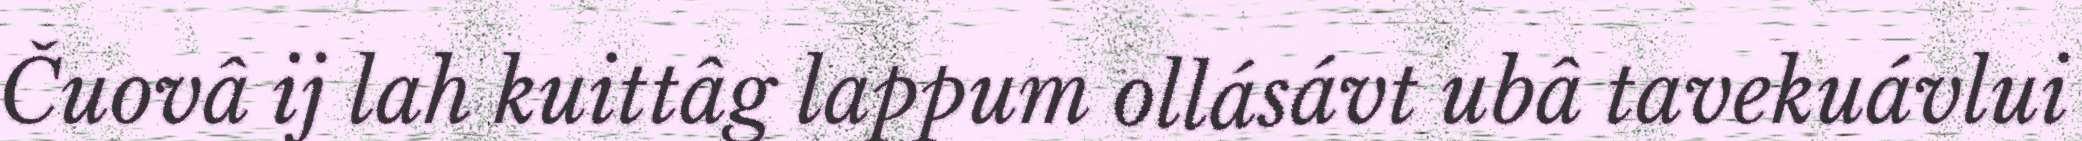
Čuovâ ij lah kuittâg lappum ollásávt ubâ tavekuávlui